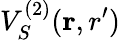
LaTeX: V_{S}^{(2)}({\mathbf r,r^{\prime}})